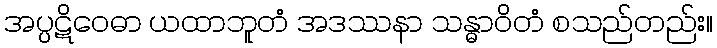
အပ္ပဋိဝေဓာ ယထာဘူတံ အဒဿနာ သန္ဓာဝိတံ စသည်တည်း။